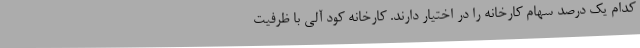
کدام یک درصد سهام کارخانه را در اختیار دارند. کارخانه کود آلی با ظرفیت